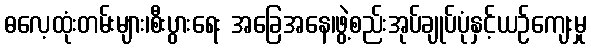
ဓလေ့ထုံးတမ်းများ၊စီးပွားရေး အခြေအနေ၊ဖွဲ့စည်းအုပ်ချုပ်ပုံနှင့်ယဉ်ကျေးမှု